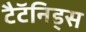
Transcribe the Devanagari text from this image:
टैटॅनिड्स